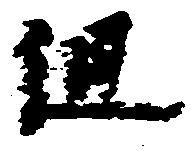
但